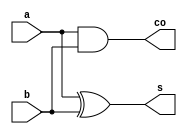
// Declaracin del mdulo
module sumador1bit (
  input a,b, // entradas
  output co, s // co = carry out , s = salida
);



// Descripcin del comportamiento
assign s = a ^ b; 
assign co = a & b; 

endmodule